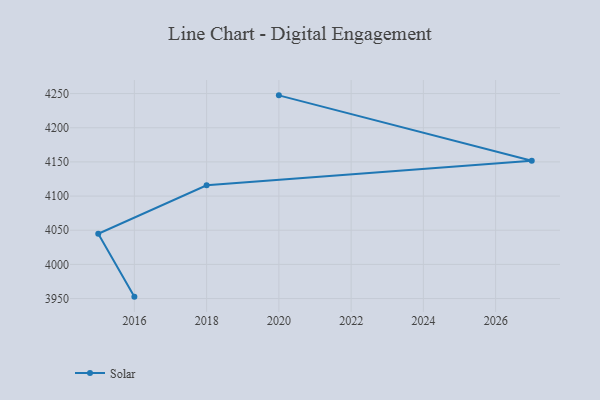
{"axis": {"x": "Year", "y": "Revenue (USD Million)"}, "legend": ["Solar"], "data": [{"x": "2020", "y": 4247.4, "type": "Solar"}, {"x": "2027", "y": 4151.6, "type": "Solar"}, {"x": "2018", "y": 4115.8, "type": "Solar"}, {"x": "2015", "y": 4044.8, "type": "Solar"}, {"x": "2016", "y": 3952.8, "type": "Solar"}]}